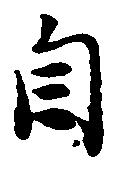
自